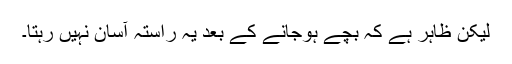
لیکن ظاہر ہے کہ بچے ہوجانے کے بعد یہ راستہ آسان نہیں رہتا۔